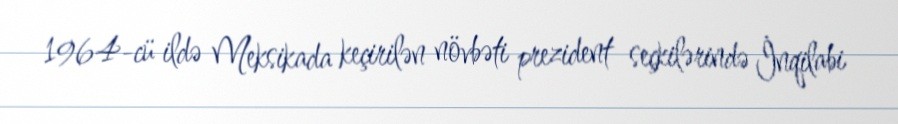
1964-cü ildə Meksikada keçirilən növbəti prezident seçkilərində İnqilabi